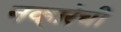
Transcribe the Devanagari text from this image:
नव्हारेची